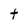
Character: t